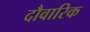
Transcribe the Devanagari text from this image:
दौवारिक